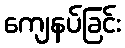
ကျေနပ်ခြင်း